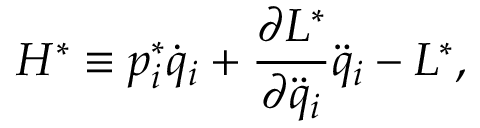
H ^ { * } \equiv p _ { i } ^ { * } \dot { q } _ { i } + \frac { \partial L ^ { * } } { \partial \ddot { q } _ { i } } \ddot { q } _ { i } - L ^ { * } ,